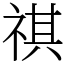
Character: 祺